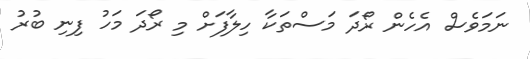
ނަމަވެސް އެހެން ރޯދަ މަސްތަކާ ހިލާފަށް މި ރޯދަ މަހު ފިނި ބުރު